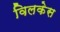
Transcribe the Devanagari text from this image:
विलकेस